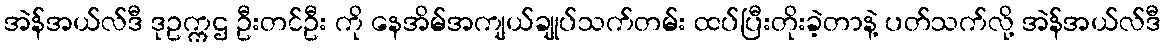
အဲန်အယ်လ်ဒီ ဒုဥက္ကဌ ဦးတင်ဦး ကို နေအိမ်အကျယ်ချုပ်သက်တမ်း ထပ်ပြီးတိုးခဲ့တာနဲ့ ပတ်သက်လို့ အဲန်အယ်လ်ဒီ